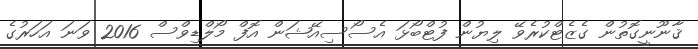
ޤާނޫނީގޮތުން ގެޒެޓްކުރެވޭ ލިޔުން ފުޓްބޯޅަ އެސޯސިއޭޝަން އޮފް މޯލްޑިވްސް 2016 ވަނަ އަހަރުގެ